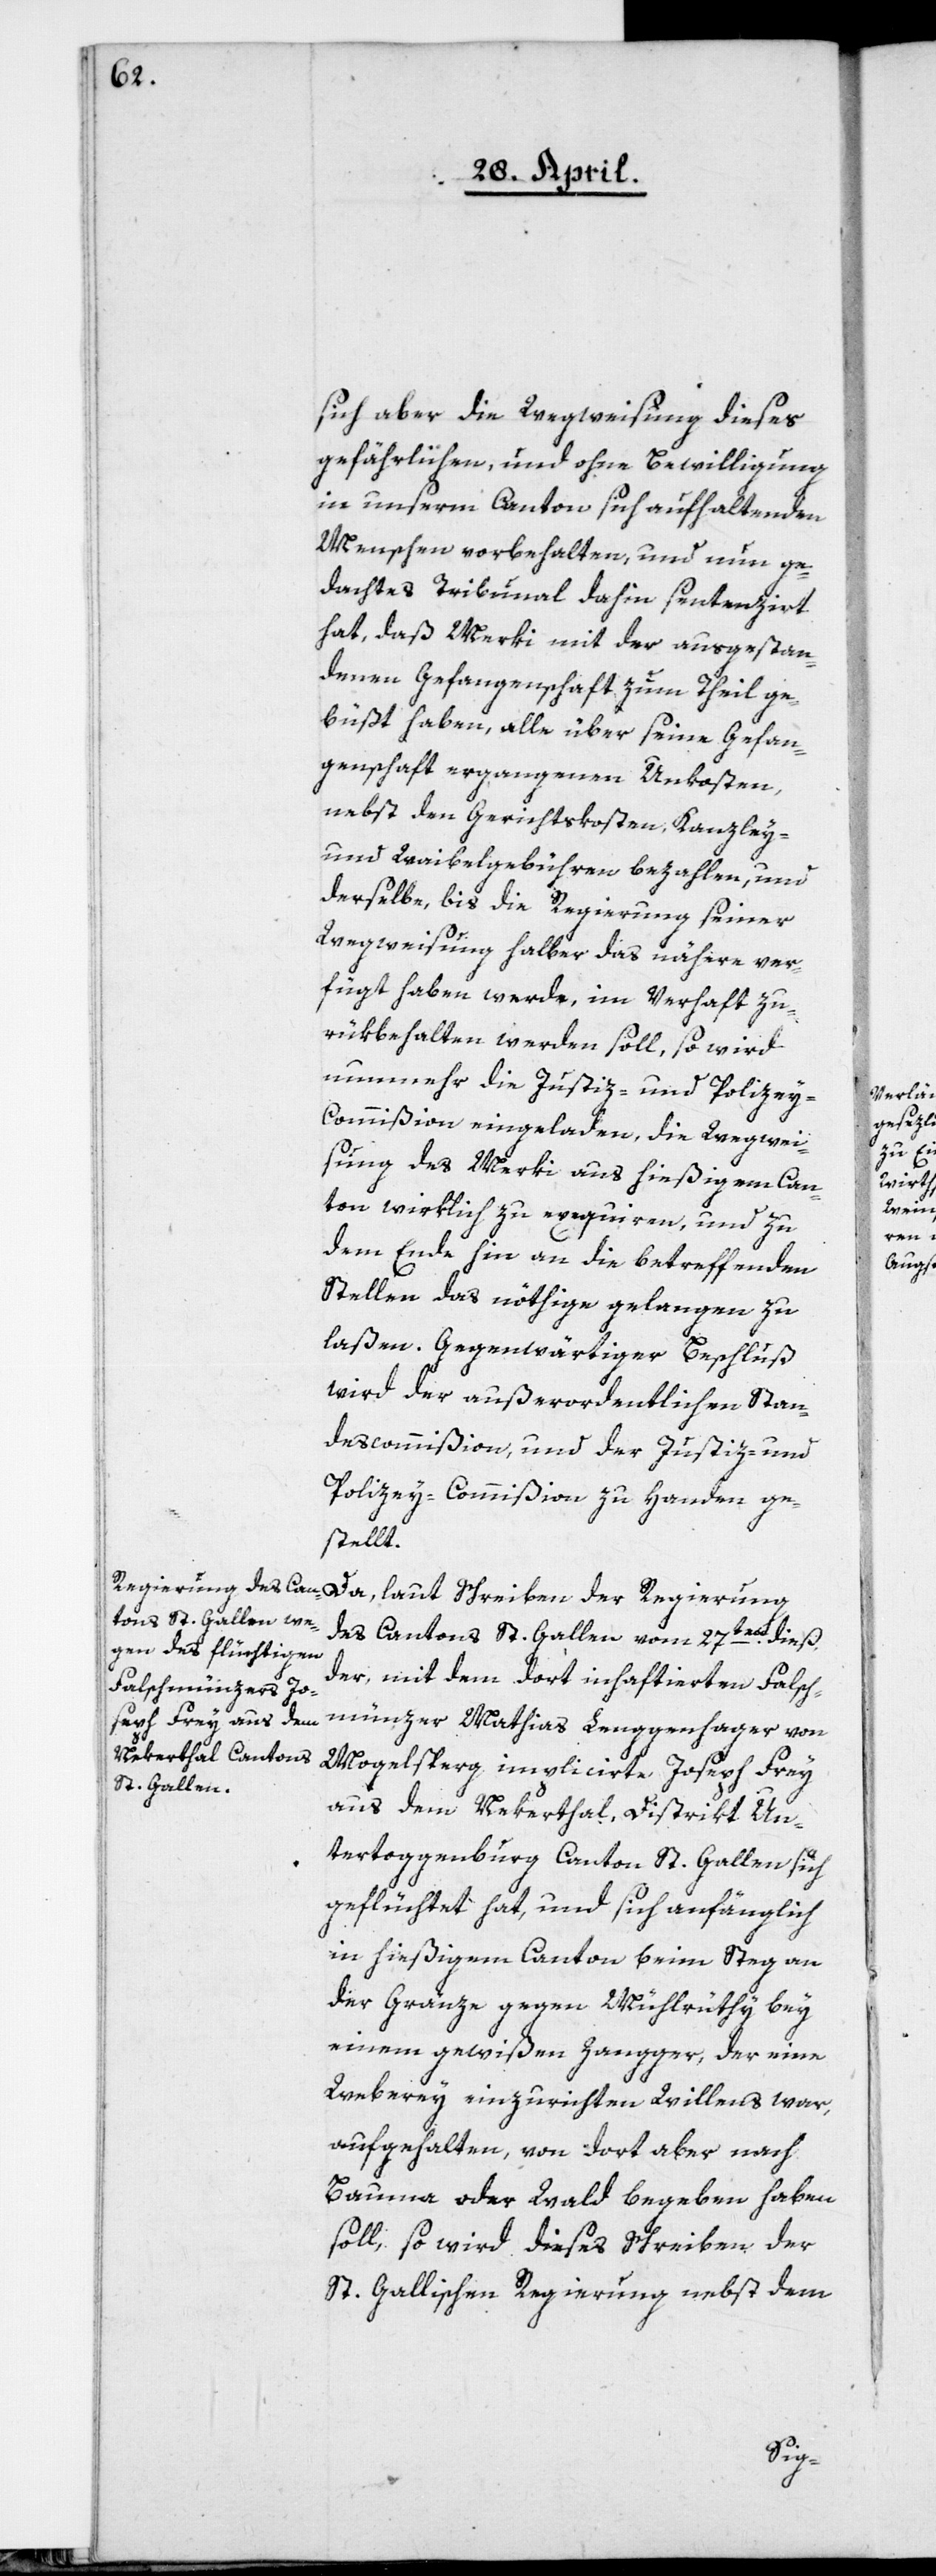
sich aber die Wegweisung dieses
gefährlichen, und ohne Bewilligung
in unserm Canton sich aufhaltenden
Menschen vorbehalten, und nun ge¬
dachtes Tribunal dahin sentenzirt
hat, daß Merki mit der ausgestan¬
denen Gefangenschaft zum Theil ge¬
büßt haben, alle über seine Gefan¬
genschaft ergangenen Unkosten,
nebst den Gerichtskosten, Kanzley-
und Waibelgebühren bezahlen, und
derselbe, bis die Regierung seiner
Wegweisung halber das nähere ver¬
fügt haben werde, im Verhaft zu¬
rükbehalten werden soll, so wird
nunmehr die Justiz- und Polize¬
y-Commißion eingeladen, die Wegwei¬
sung des Merki aus hießigem Can¬
ton wirklich zu exequiren, und zu
dem Ende hin an die betreffenden
Stellen das nöthige gelangen zu
laßen. Gegenwärtiger Beschluß
wird der außerordentlichen Stan¬
descommißion, und der Justiz- und
Polizey-Commißion zu Handen ge¬
stellt.
Da, laut Schreiben der Regierung
des Cantons St. Gallen vom 27ten dieß
der, mit dem dort inhaftierten Falsch¬
münzer Mathias Lenggenhager von
Mogelsperg impilcirte Joseph Frey
aus dem Nekertal, Distrikt Un¬
tertoggenburg Canton St. Gallen, sich
geflüchtet hat, und sich anfänglich
in hießigem Canton beim Steg an
der Gränze gegen Mühlrüthy bey
einem gewißen Zangger, der eine
Weberey einzurichten Willens war,
aufgehalten, von dort aber nach
Bauma oder Wald begeben haben
soll, so wird dieses Schreiben der
St. Gallischen Regierung nebst dem